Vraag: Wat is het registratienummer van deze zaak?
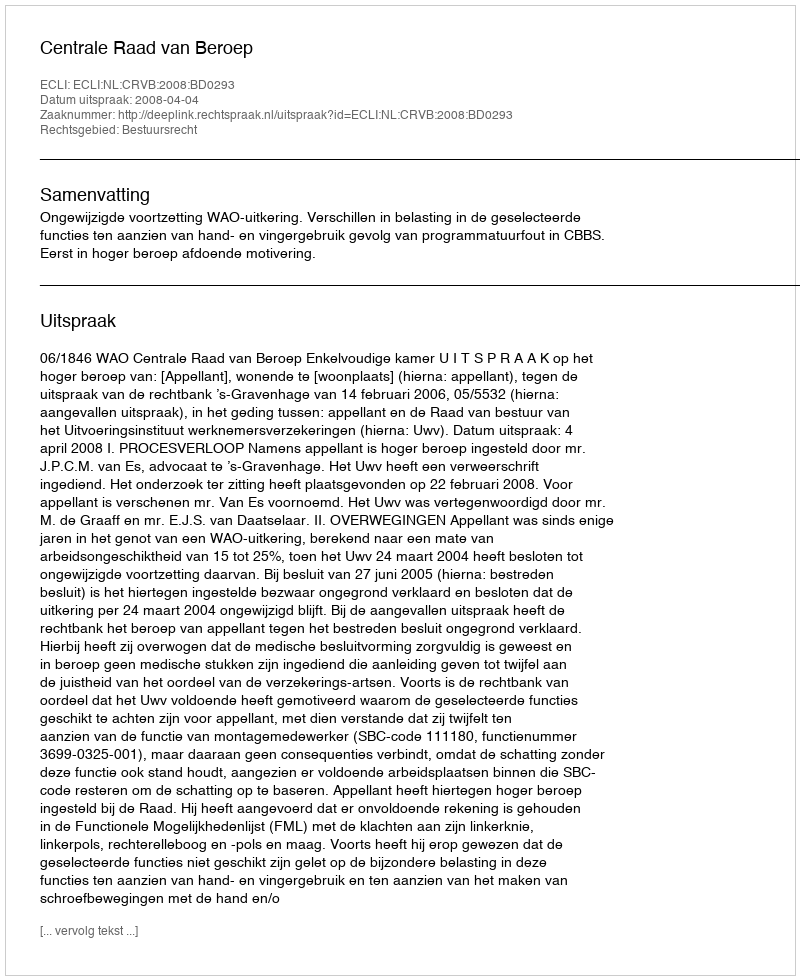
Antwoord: http://deeplink.rechtspraak.nl/uitspraak?id=ECLI:NL:CRVB:2008:BD0293